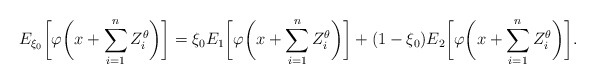
\begin{align*}E_{\xi_0} \biggl[\varphi\biggl(x+\sum_{i=1}^{n} Z_i^\theta\biggr)\biggr]=\xi_0 E_1\biggl[\varphi\biggl(x+\sum_{i=1}^{n} Z_i^\theta\biggr)\biggr]+(1-\xi_0)E_2\biggl[\varphi\biggl(x+\sum_{i=1}^{n} Z_i^\theta\biggr)\biggr].\end{align*}